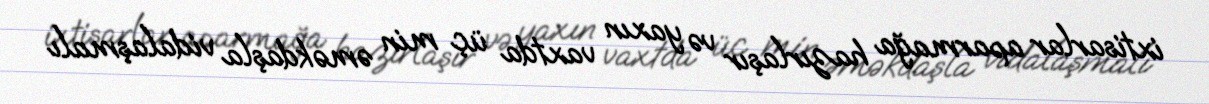
ixtisarlar aparmağa hazırlaşır və yaxın vaxtda üç min əməkdaşla vidalaşmalı